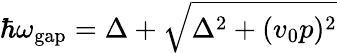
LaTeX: \hbar\omega_{\mathrm{gap}}=\Delta+\sqrt{\Delta^{2}+(v_{0}p)^{2}}